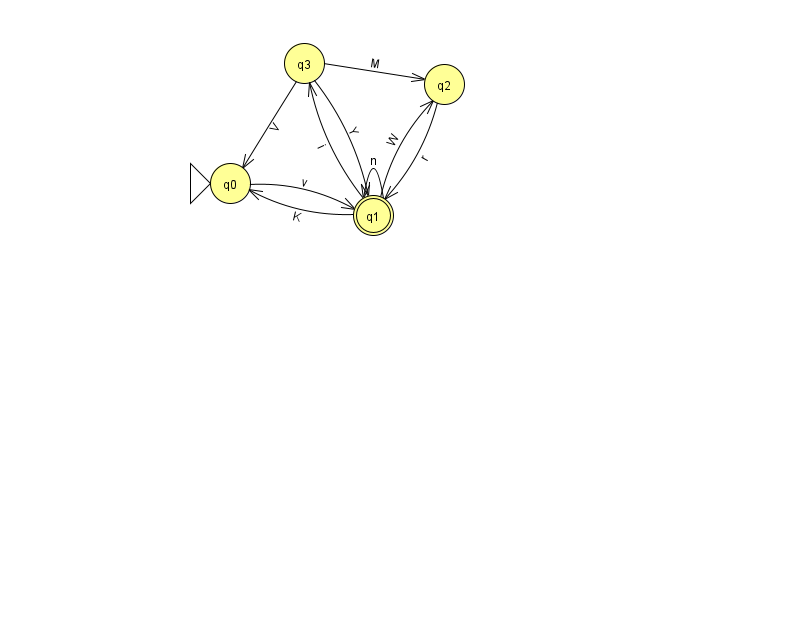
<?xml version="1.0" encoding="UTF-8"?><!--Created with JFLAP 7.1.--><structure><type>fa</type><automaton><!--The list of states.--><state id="0" name="q0"><x>230.0</x><y>170.0</y><initial/></state><state id="1" name="q1"><x>373.0</x><y>202.0</y><final/></state><state id="2" name="q2"><x>444.0</x><y>71.0</y></state><state id="3" name="q3"><x>304.0</x><y>50.0</y></state><!--The list of transitions.--><transition><from>3</from><to>2</to><read>M</read></transition><transition><from>1</from><to>0</to><read>K</read></transition><transition><from>0</from><to>1</to><read>v</read></transition><transition><from>2</from><to>1</to><read>r</read></transition><transition><from>3</from><to>0</to><read>V</read></transition><transition><from>1</from><to>1</to><read>n</read></transition><transition><from>1</from><to>2</to><read>W</read></transition><transition><from>1</from><to>3</to><read>i</read></transition><transition><from>3</from><to>1</to><read>Y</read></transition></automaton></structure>